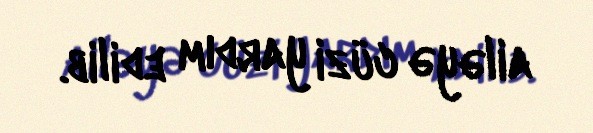
ailəyə cüzi yardım edilib.